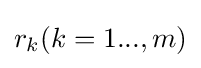
r_{k}(k=1...,m)